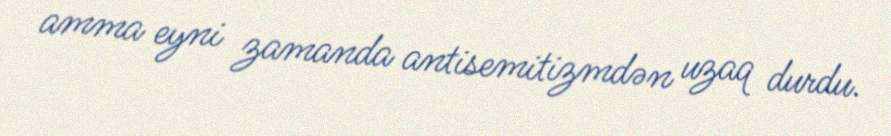
amma eyni zamanda antisemitizmdən uzaq durdu.